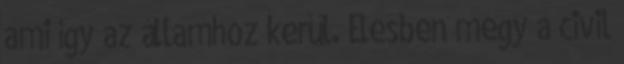
ami így az államhoz kerül. Élesben megy a civil